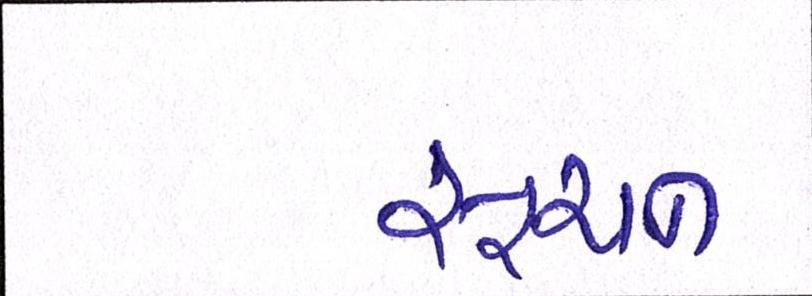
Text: સૂચન